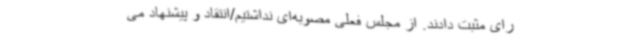
رای مثبت دادند. از مجلس فعلی مصوبه‌ای نداشتیم/انتقاد و پیشنهاد می